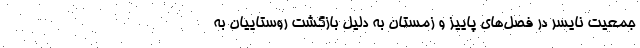
جمعیت نایسر در فصل‌های پاییز و زمستان به دلیل بازگشت روستاییان به